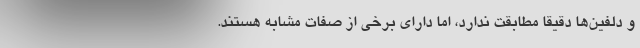
و دلفین‌ها دقیقاً مطابقت ندارد، اما دارای برخی از صفات مشابه هستند.